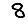
Digit: 8